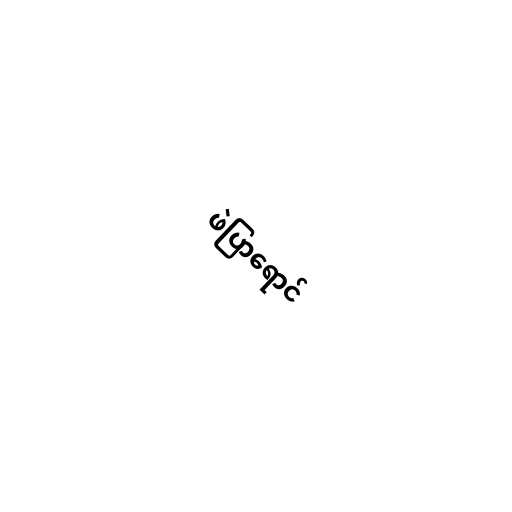
ဖဲပြာရောင်